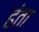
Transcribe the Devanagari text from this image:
हंता